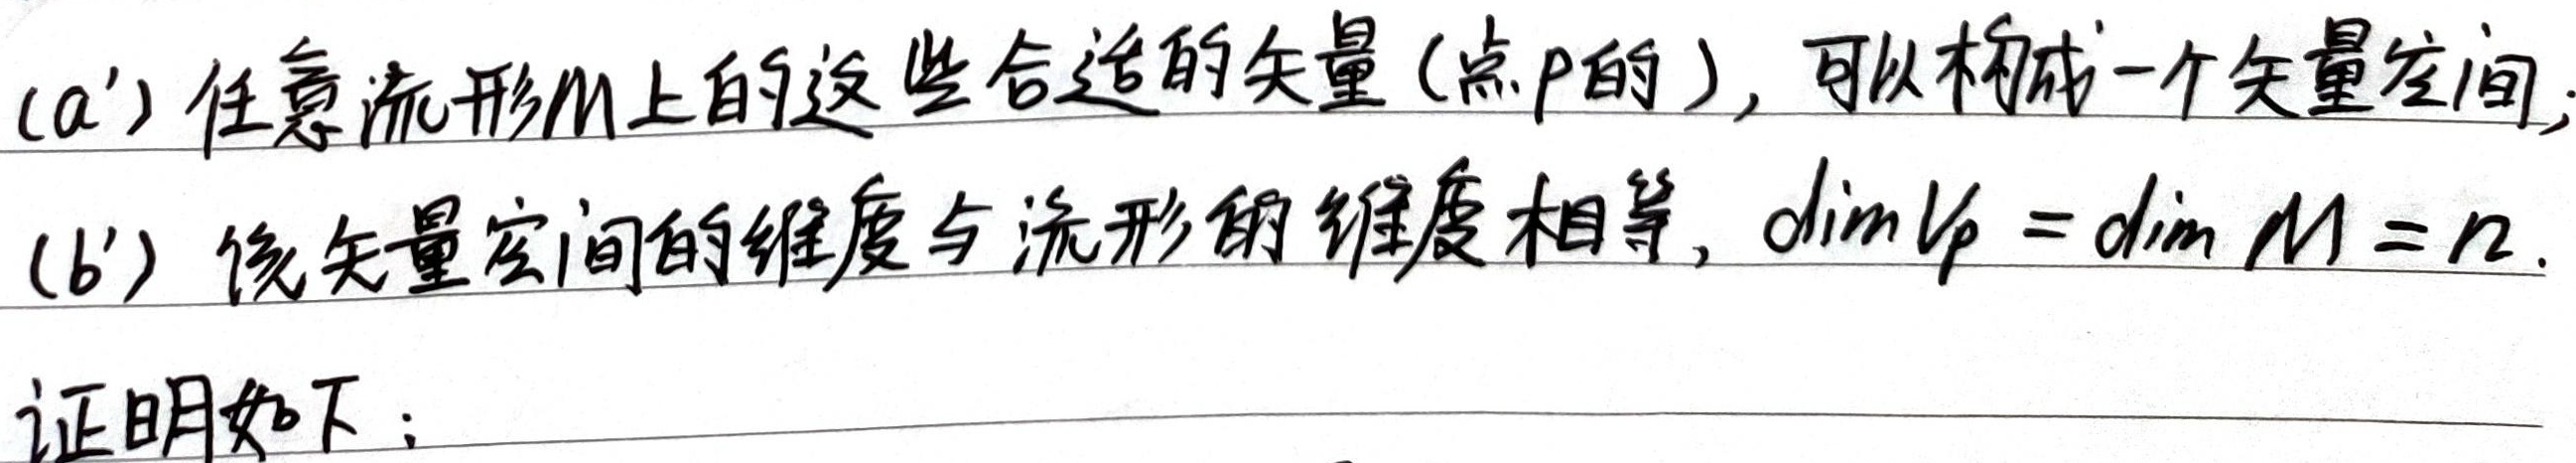
(a') 任意流形\(M\)上的这些合适的矢量（点\(P\)的），可以构成一个矢量空间；(b') 该矢量空间的维度与流形的维度相等，\(\dim V_{P}=\dim M = n\)。证明如下：